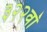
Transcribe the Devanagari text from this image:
३२२वॉ